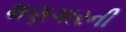
શણગારની